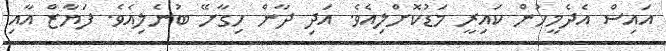
އައިސް އެދެމީހުން ކައިރީ މަޑުކޮށްލިއެވެ. އަދި ދާން ހިގާށޭ ބުނެލިއެވެ. ފަޔާޒް އާއި